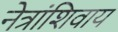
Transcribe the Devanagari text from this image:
नेत्रांशिवाय